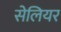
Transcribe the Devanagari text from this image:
सेलियर